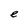
Character: e